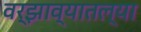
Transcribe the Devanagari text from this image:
वर्झाव्यातल्या